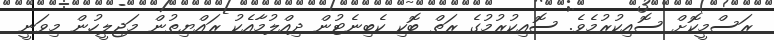
ރަސްމީކޮށް ސޮއިކުުރުމެވެ. ސޮއިކުރުމުގެ ރަތް ބޮކި ކެބިނެޓުން ދިއްލުމާއެކު ރައްޔިތުން މަޖިލީހުން މިވަނީ